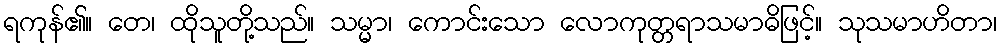
ရကုန်၏။ တေ၊ ထိုသူတို့သည်။ သမ္မာ၊ ကောင်းသော လောကုတ္တရာသမာဓိဖြင့်။ သုသမာဟိတာ၊